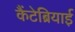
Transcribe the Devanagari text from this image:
कैंटेब्रियाई